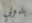
بدوني